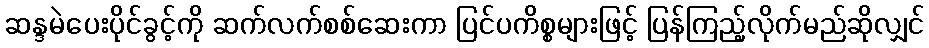
ဆန္ဒမဲပေးပိုင်ခွင့်ကို ဆက်လက်စစ်ဆေးကာ ပြင်ပကိစ္စများဖြင့် ပြန်ကြည့်လိုက်မည်ဆိုလျှင်